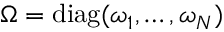
\boldsymbol { \Omega } = \mathrm { d i a g } ( \omega _ { 1 } , \dots , \omega _ { N } )